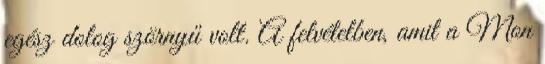
egész dolog szörnyű volt. A felvételben, amit a Mon